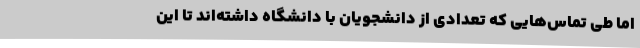
اما طی تماس‌هایی که تعدادی از دانشجویان با دانشگاه داشته‌اند تا این